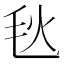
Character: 𪵘